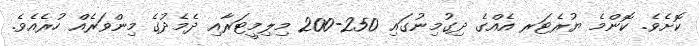
ކޮށެވެ. ކޮންމެ ޔުރެޓަރ އެއްގެ ދިގުމިނުގައި 250-200 މިލިމީޓަރާއި ދެމެދުގެ މިންވަރެއް ހުރެއެވެ.